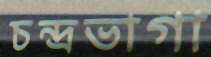
চন্দ্রভাগা